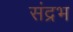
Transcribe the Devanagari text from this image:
संद्रभ